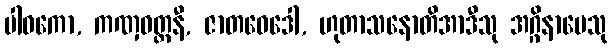
ပါဝကော, ကဏှဝတ္တနီ, ဇာတဝေဒေါ, ဟုတာသနောတိအာဒီသု အဂ္ဂိနာမေသု